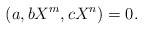
\begin{align*}(a , bX^m , cX^n)=0.\end{align*}